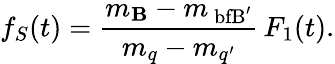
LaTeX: f_{S}(t)=\frac{m_{\mathrm{\mathbf B}}-m_{\mathrm{\ bfB}^{\prime}}}{m_{q}-m_{q^{\prime}}}\, F_{1}(t).